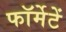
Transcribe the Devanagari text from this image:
फॉर्मेटें